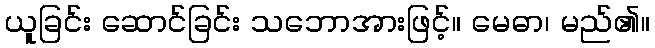
ယူခြင်း ဆောင်ခြင်း သဘောအားဖြင့်။ မေဓာ၊ မည်၏။